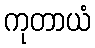
ကုတာယံ